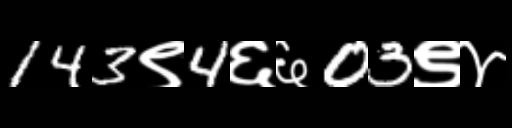
Text: 143९4६६03९४